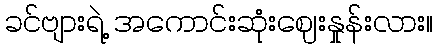
ခင်ဗျားရဲ့ အကောင်းဆုံးဈေးနှုန်းလား။